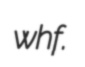
whf.